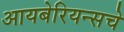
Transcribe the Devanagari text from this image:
आयबेरियन्सचे